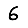
Digit: 6